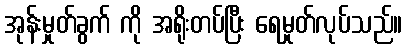
အုန်းမှုတ်ခွက် ကို အရိုးတပ်ပြီး ရေမှုတ်လုပ်သည်။